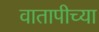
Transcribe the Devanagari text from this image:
वातापीच्या